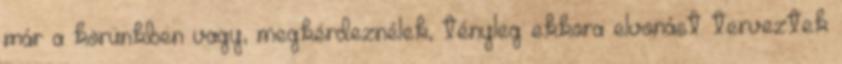
már a körünkben vagy, megkérdeznélek, tényleg ekkora elvonást terveztek